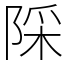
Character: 𨺉